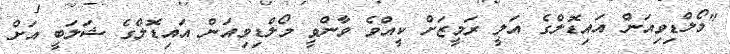
"މޯލްޑިވިއަން އައިޑޮލްގެ އަލީ ރަމީޒަށް ކީއްވެ ވާންވީ މޯލްޑިވިއަން އައިޑޮލްގެ ޝަލަބީ އަށް